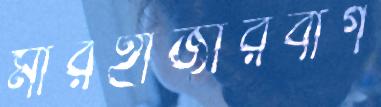
মীরহাজীরবাগ